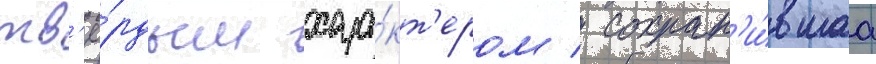
тв'ё́рдым хара́кт'ером / сохран'и́вшаа